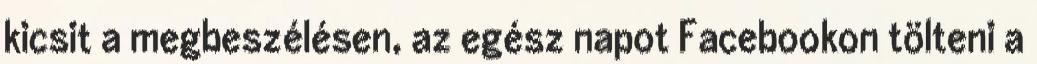
kicsit a megbeszélésen, az egész napot Facebookon tölteni a